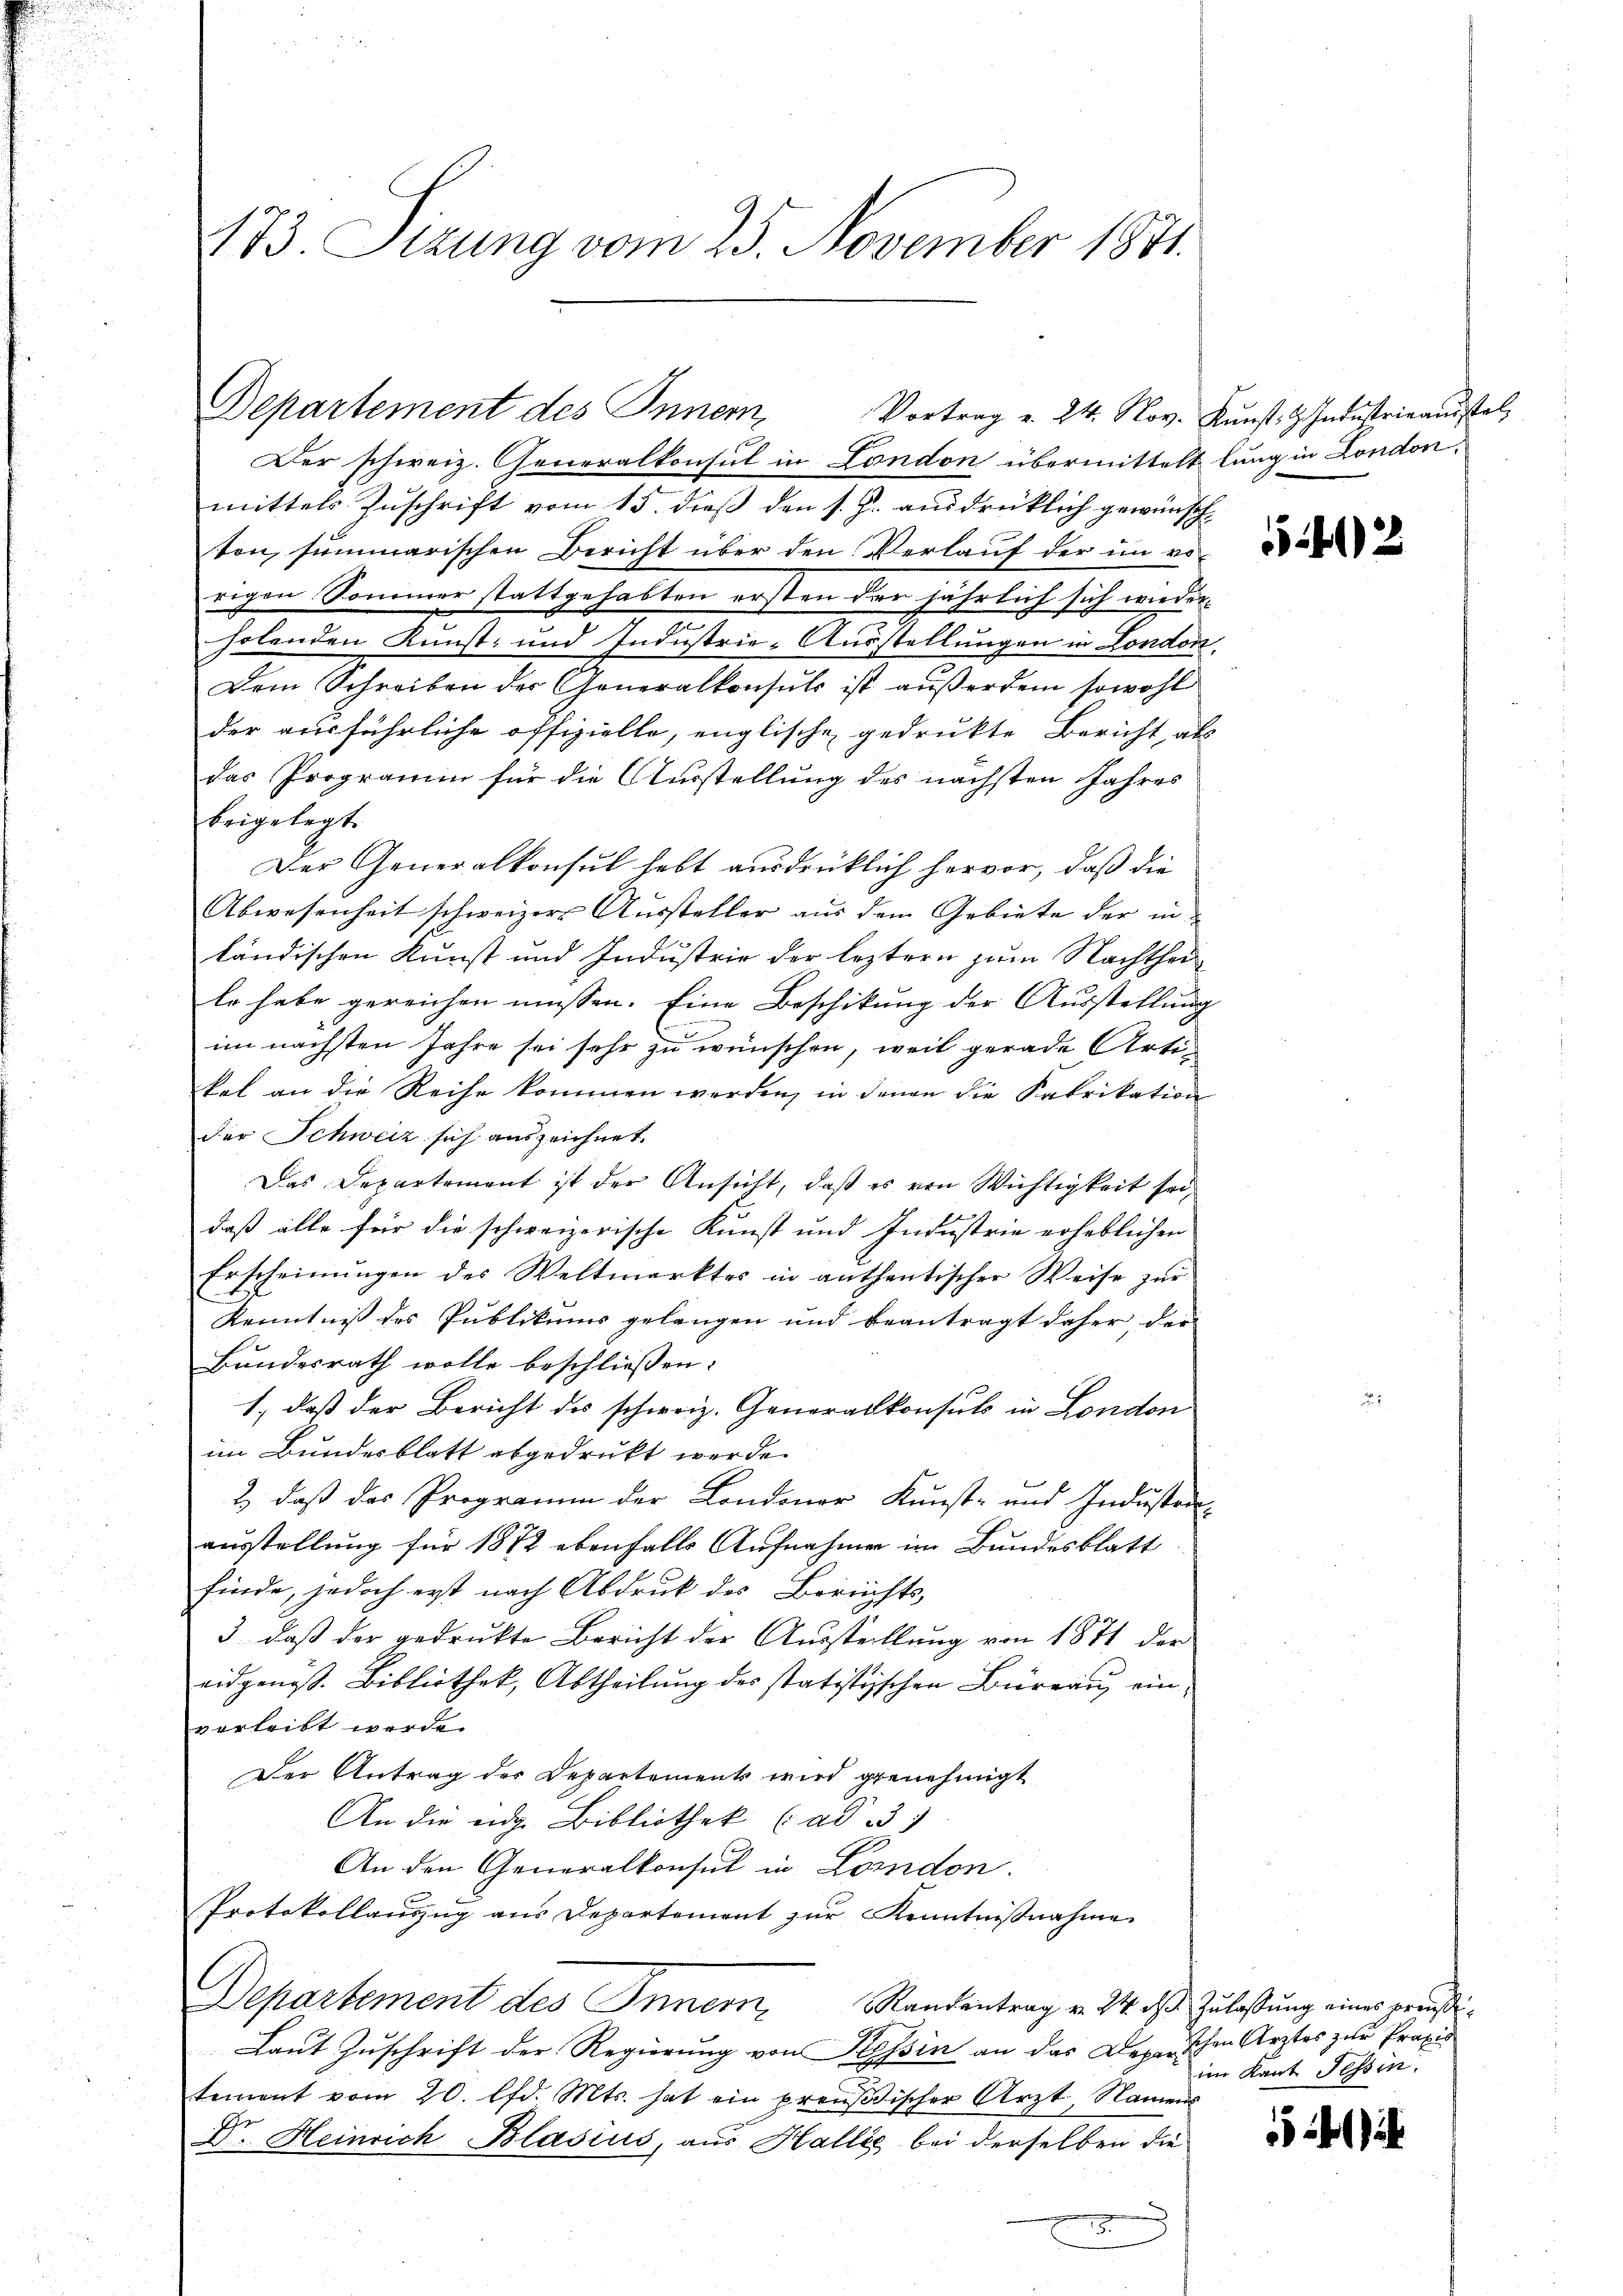
173. Sizung vom 25. November 1871.

Departement des Inner
Der schweiz. Generalkonsul in London übermittelt lung in Londonmittels Zuschrift vom 15. dieß den s. Z. ausdrüklich gewände
h
ton, summarischen Bericht über den Verlauf der im vo
rigen Sommer stattgehabten ersten der jährlich sich wiederholenden Kunst- und Industrie-Ausstellungen in Londort
Dem Schreiben der Generalkonsuls ist außerdem sowohl
der ausführliche offizielle, englische gedrukte Bericht als
das Programm für die Ausstellung des nächsten Jahres
beigelegt.
Der Generalkonsul hebt ausdrücklich hervor, daß die
Abwesenheit schweizers Aussteller aus dem Gebiete der in
ländischen Kunst und Industrie der leztern zum Nachthei
le habe gereichen müssen. Eine Beschikung der Ausstellung
im nächsten Jahre sei sehr zu wünschen, weil gerade Arti-
kal an die Reihe kommen werden, in denen die Fabrikation
der Schweiz sich auszeichnet.
Das Departement ist der Ansicht, daß es von Wichtigkeit seidaß alle für die schweizerische Kunst und Industrie erheblichen
Erscheinŭngen des Weltmarktes in anthentischer Weise zŭr
Kenntniß des Publikums gelangen und beantragt daher, der
Bundesrath wolle beschliessen:
1., daß der Bericht des schweiz. Generalkonsuls in London
im Bundesblatt abgedruckt werde.
2), daß das Programm der Londoner Kunst- und Industraausstellung für 1872 ebenfalls Aufnahmen im Bundesblatt
finde, jedoch erst nach Abdruk des Berichts-
3, daß der gedrukte Bericht der Ausstellung von 1871 der
eidgenöss. Bibliothek, Abtheilung des statistischen Büreau einverleibt werde.
Der Antrag der Departement wird genehmigt
An die eige Bibliothek (ad 3
An den Generalkonsul in London.
Protokollauszug aus Departement zur Kenntnißnahme
Departement des Inner Standentrag v. 24. ds. Zulassung eines preußi¬
Laut Zuschrift der Regierung von Tessin an das Depeschen Ärztes zur Praxis
tement vom 20. lfd. Mts. hat ein preußischer Arzt, Namens
Dr. Heinrich Blasius, aus Halles bei derselben die
E

Vortrag v. 24. Nov. Kŭnst. H. Industrieausstel

2

im Kant Tessin.

i